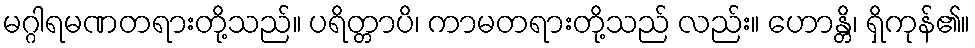
မဂ္ဂါရမဏတရားတို့သည်။ ပရိတ္တာပိ၊ ကာမတရားတို့သည် လည်း။ ဟောန္တိ၊ ရှိကုန်၏။